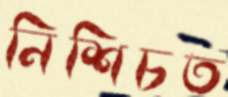
নিশিচত